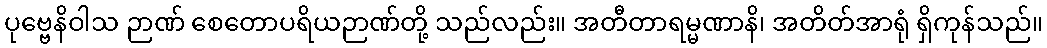
ပုဗ္ဗေနိဝါသ ဉာဏ် စေတောပရိယဉာဏ်တို့ သည်လည်း။ အတီတာရမ္မဏာနိ၊ အတိတ်အာရုံ ရှိကုန်သည်။